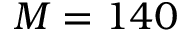
M = 1 4 0